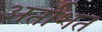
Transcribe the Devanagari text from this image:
अर्ताशत